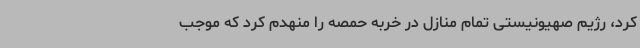
کرد، رژیم صهیونیستی تمام منازل در خربه حمصه را منهدم کرد که موجب